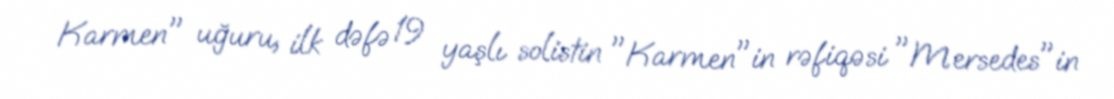
Karmen" uğuru, ilk dəfə 19 yaşlı solistin "Karmen"in rəfiqəsi "Mersedes"in